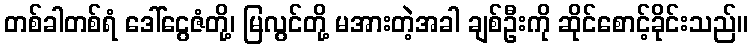
တစ်ခါတစ်ရံ ဒေါ်ငွေဇံတို့၊ မြလွင်တို့ မအားတဲ့အခါ ချစ်ဦးကို ဆိုင်စောင့်ခိုင်းသည်။